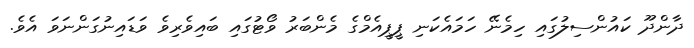
ދާންދޫ ކައުންސިލުގައި ހިމެނޭ ހަމައެކަނި ޕީޕީއެމްގެ މެންބަރު ވޯޓުގައި ބައިވެރިވެ ވަޑައިނުގަންނަވަ އެވެ.